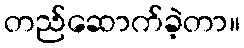
တည်ဆောက်ခဲ့တာ။